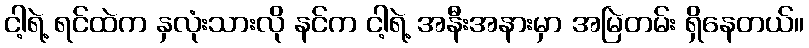
ငါ့ရဲ့ ရင်ထဲက နှလုံးသားလို နင်က ငါ့ရဲ့ အနီးအနားမှာ အမြဲတမ်း ရှိနေတယ်။